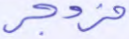
مزدجر